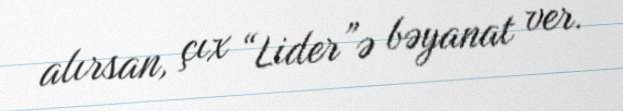
alırsan, çıx “Lider”ə bəyanat ver.